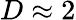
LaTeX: D\approx 2